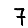
Digit: 7